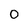
Character: 0